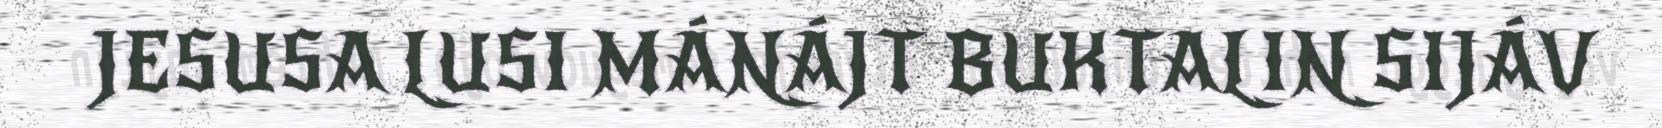
JESUSA LUSI MÁNÁJT BUKTALIN SIJÁV